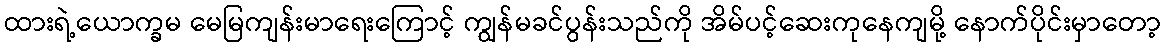
ထားရဲ့ယောက္ခမ မေမြကျန်းမာရေးကြောင့် ကျွန်မခင်ပွန်းသည်ကို အိမ်ပင့်ဆေးကုနေကျမို့ နောက်ပိုင်းမှာတော့